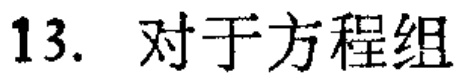
13. 对于方程组